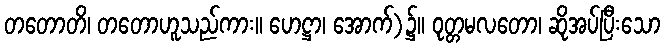
တတောတိ၊ တတောဟူသည်ကား။ ဟေဋ္ဌာ၊ အောက်)၌။ ဝုတ္တမလတော၊ ဆိုအပ်ပြီးသော